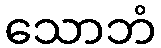
သောဘံ